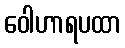
ဝေါဟာရပထာ